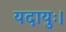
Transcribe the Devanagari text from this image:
यदायुः।